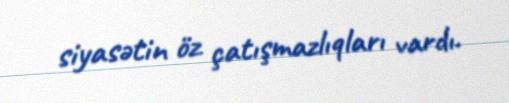
siyasətin öz çatışmazlıqları vardı.